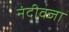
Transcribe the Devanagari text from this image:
नंदीवजा